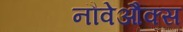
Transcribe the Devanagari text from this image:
नौवेऔक्स